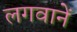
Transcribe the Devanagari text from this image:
लगवानें